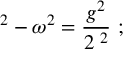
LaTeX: \displaystyle { \mathrm { \Omega } ^ { 2 } - \omega ^ { 2 } = { \frac { g ^ { 2 } } { 2 \mathrm { \Omega } ^ { 2 } } } \ ; }